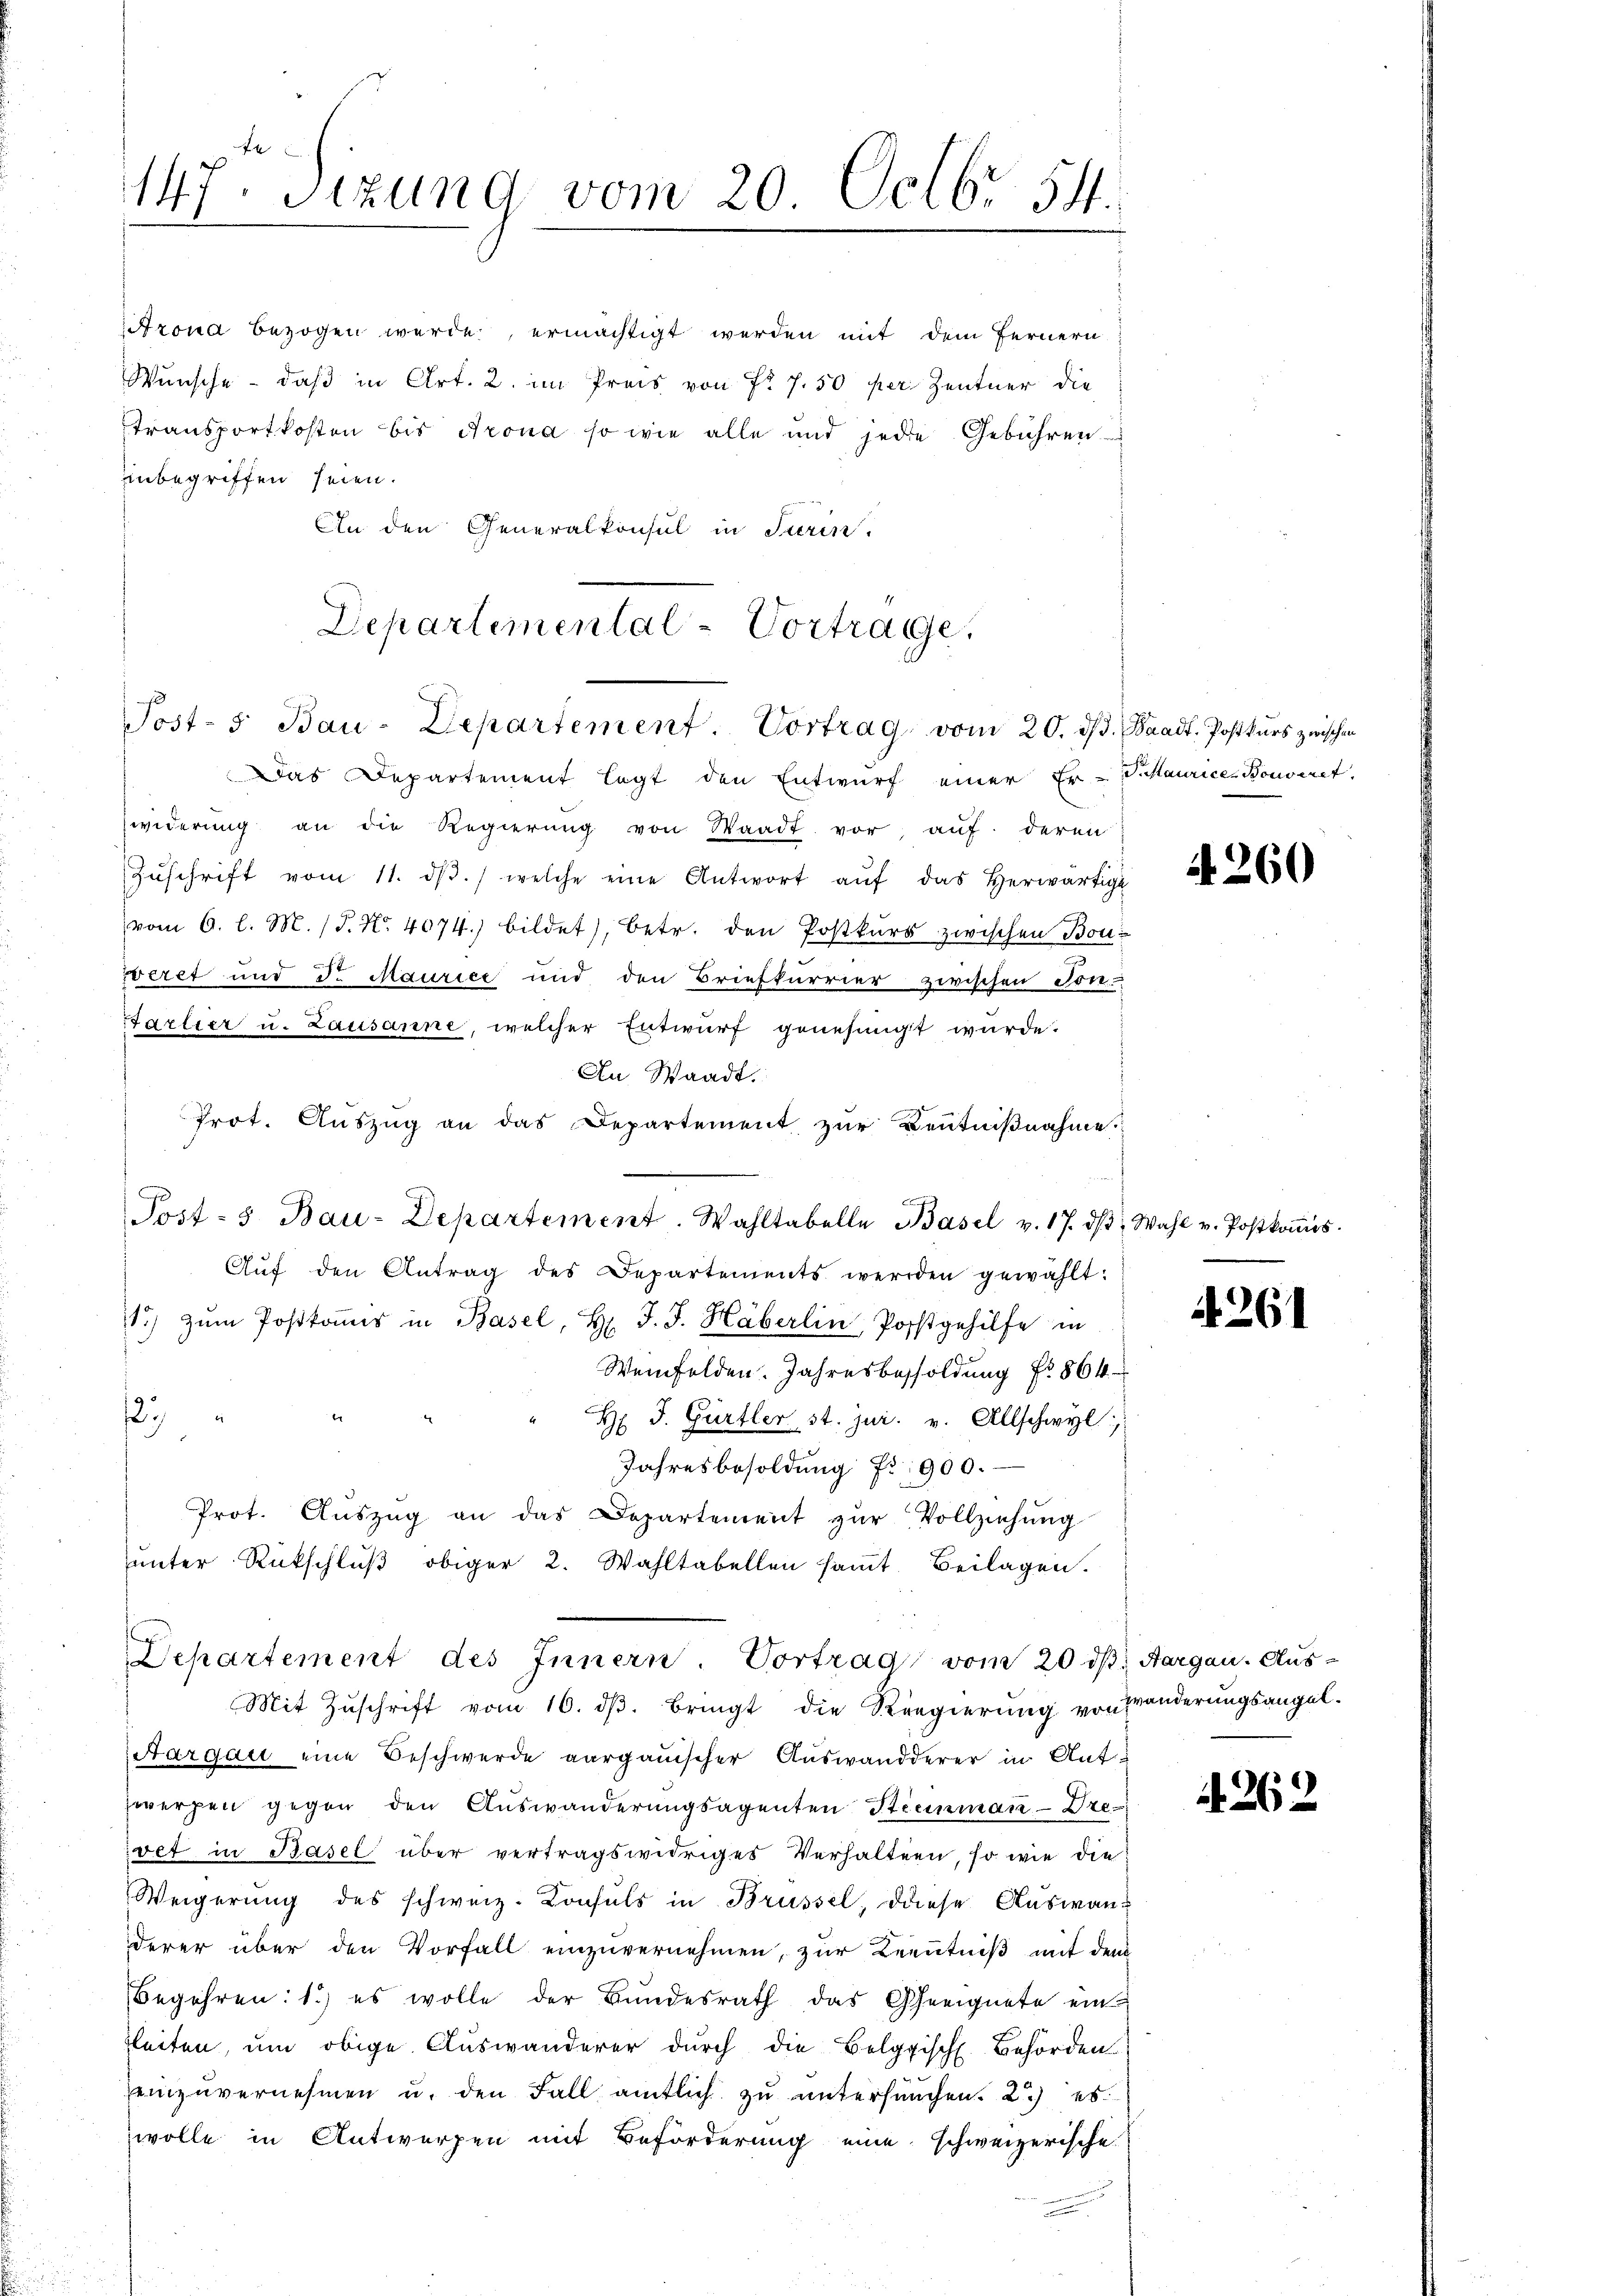
147. Sizung vom 20. Octbr. 54.

Arona bezogen würde, ermächtigt werden mit dem Fernern
Wünsche - daß in Art. 2. im Preis von Fr. 7. 50 per Zentner die
Transportkosten bis Krona so wie alle und jede Gebühren.
inbegriffen seien.
An den Generalkonsul in Turin.
Departemental-Vortrage,

Post- 5. Bau-Departement. Vortrag vom 20. d. Waadt. Postkurs zwischen

Das Departement legt den Entwurf einer Er-Instaurice Bonveret,
widerung an die Regierung von Waadt vor, auf deren
Zŭschrift vom 11. dβ. welche eine Antwort aŭf das herwärtige
vom 6. l. M. (T. No. 4074.) bildet), betr. den Postkurs zwischen Bonweret und Dr. Maurice und den Briefkurrier zwischen Ton-
Barlier u. Lausanne, welcher Entwurf genehmigt wurde.
An Waadt.
Prot. Auszug an das Departement zur Kenntnißnahme.
Aŭf den Antrag des Departements werden gewählt:
1) zŭm Postkoṁis in Basel, H. J. J. Häberlin, Postgehilfe in
Weinfelden. Jahresbesoldung No 864

2
H J. Gurtler st. Jur. v. Allschwyl
Jahresbesoldung fr. 900.
Prot. Aŭszŭg an das Departement zŭr Vollziehŭng
ŭnter Rückschlŭβ obiger 2. Wahltabellen saṁt Beilagen.
Departement des Innern. Vortrag vom 20. ds. Aargau. Aus-
Mit Zŭschrift vom 16. dβ. bringt die Regierŭng von Wänderŭngsangel-
Aargau eine Beschwerde aargauischer Auswandderer in Antwerzen gegen den Auswanderungsagenten Steinmaṅ-Dre-
iret in Basel über vertragswidriges Verhalten, so wie die
Weigerung des schweiz. Consuls in Brüssel, diese Auswanderer über den Vorfall einzuvernehmen, zur Kenntniß mit den
Begehren: 1.) es wolle der Bundesrath das Geeignete ein
leiten, um obige Auswanderer durch die Belgische Behörden
einzuvernehmen u. den Fall amtlich zu untersuchen. 2) es
wolle in Antworfen mit Beförderung eine schweizerische

Post-5 Bau-Departement. Wahltabelle Basel v. 17. dβ. Wahl v. Postkoṁis

A. 260

A. 261

262